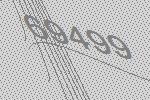
69499